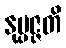
နုပ္ပဇ္ဇတိ